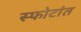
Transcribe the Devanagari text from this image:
स्फोटांत